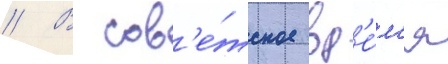
// В сов'е́тское вр'е́м'я